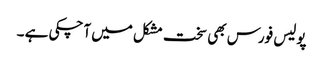
پولیس فورس بھی سخت مشکل میں آچکی ہے ۔